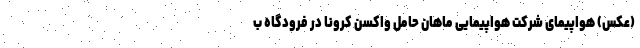
(عکس) هواپیمای شرکت هواپیمایی ماهان حامل واکسن کرونا در فرودگاه ب